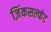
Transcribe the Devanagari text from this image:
ज़िंकसल्फेट